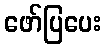
ဖော်ပြပေး